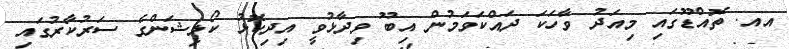
އއ. ތޮއްޑޫގައި މިއަދު ވާހަކަ ދައްކަވަމުން އިބޫ ވިދާޅުވީ އިދިކޮޅު ކޯލިޝަންގެ ސަރުކާރުގައި